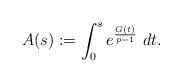
LaTeX: \begin{align*}A(s):=\int_0^s e^{\frac{G(t)}{p-1}} \ dt.\end{align*}